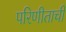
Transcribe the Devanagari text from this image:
परिणीताची